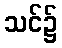
သင်၌